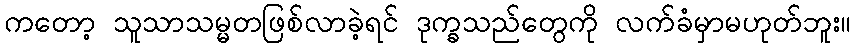
ကတော့ သူသာသမ္မတဖြစ်လာခဲ့ရင် ဒုက္ခသည်တွေကို လက်ခံမှာမဟုတ်ဘူး။